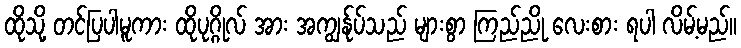
ထိုသို့ တင်ပြပါမူကား ထိုပုဂ္ဂိုလ် အား အကျွန်ုပ်သည် များစွာ ကြည်ညို လေးစား ရပါ လိမ့်မည်။